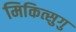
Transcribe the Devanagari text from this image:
मिकित्सुगु